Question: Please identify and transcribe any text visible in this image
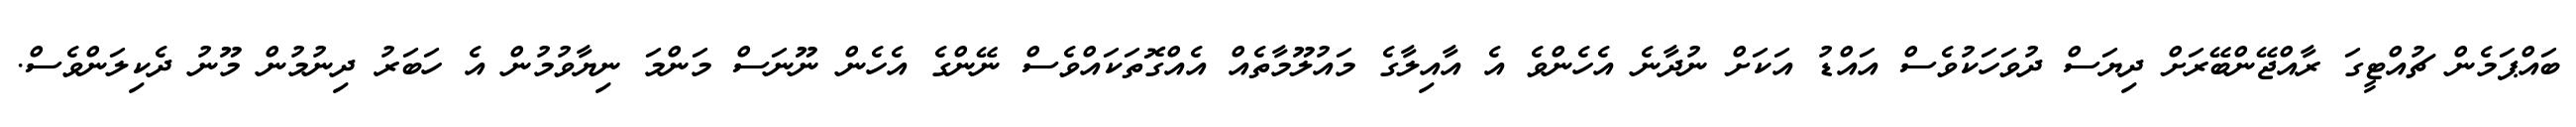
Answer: ބައްޕަމެން ޗުއްޓީގަ ރާއްޖޭންބޭރަށް ދިޔަސް ދުވަހަކުވެސް އައްޑު އަކަށް ނުދާނެ އެހެންވެ އެ އާއިލާގެ މައުލޫމާތެއް އެއްގޮތަކައްވެސް ނޭންގެ އެހެން ނޫނަސް މަންމަ ނިޔާވުމުން އެ ހަބަރު ދިނުމުން މޫނު ދެކިލަންވެސް.